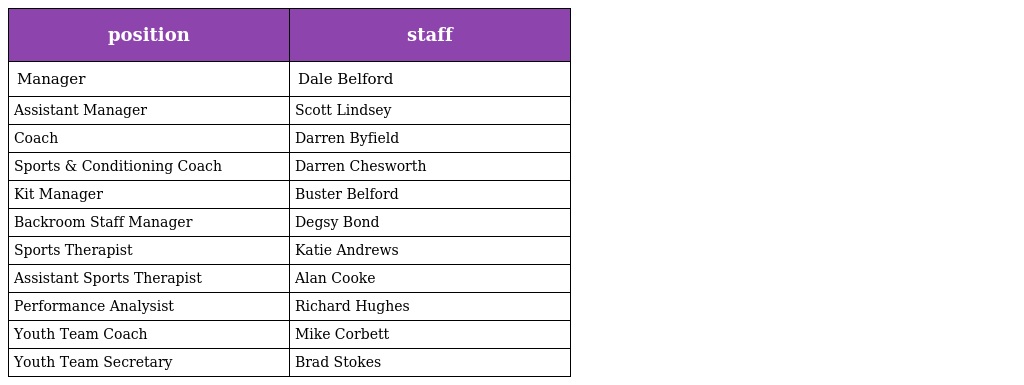
| position | staff |
 | --- | --- |
 | Manager | Dale Belford |
 | Assistant Manager | Scott Lindsey |
 | Coach | Darren Byfield |
 | Sports & Conditioning Coach | Darren Chesworth |
 | Kit Manager | Buster Belford |
 | Backroom Staff Manager | Degsy Bond |
 | Sports Therapist | Katie Andrews |
 | Assistant Sports Therapist | Alan Cooke |
 | Performance Analysist | Richard Hughes |
 | Youth Team Coach | Mike Corbett |
 | Youth Team Secretary | Brad Stokes |